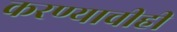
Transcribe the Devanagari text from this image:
करण्‍याचीही